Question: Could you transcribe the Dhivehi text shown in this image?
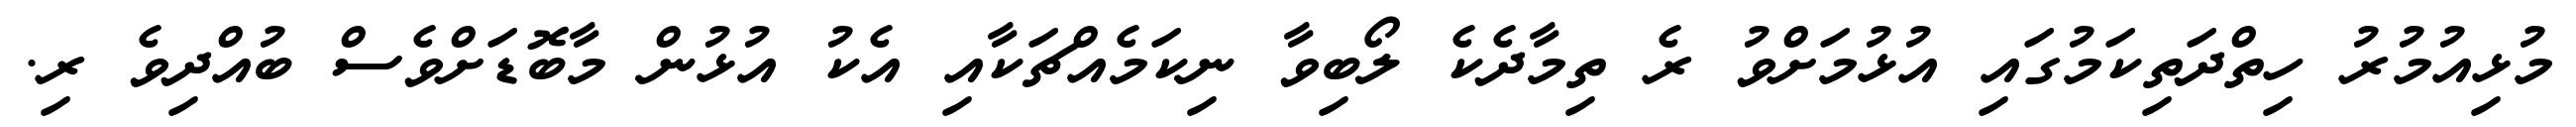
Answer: މުޅިއުމުރު ހިތްދަތިކަމުގައި އުޅުމަށްވު ރެ ތިމާދެކެ ލޯބިވާ ނިކަމެއްޗަކާއި އެކު އުޅުން މާބޮޑަށްވެސް ބުއްދިވެ ރި.